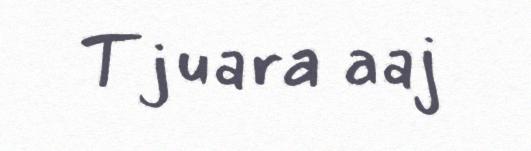
Tjuara aaj